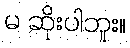
မ ဆိုးပါဘူး။